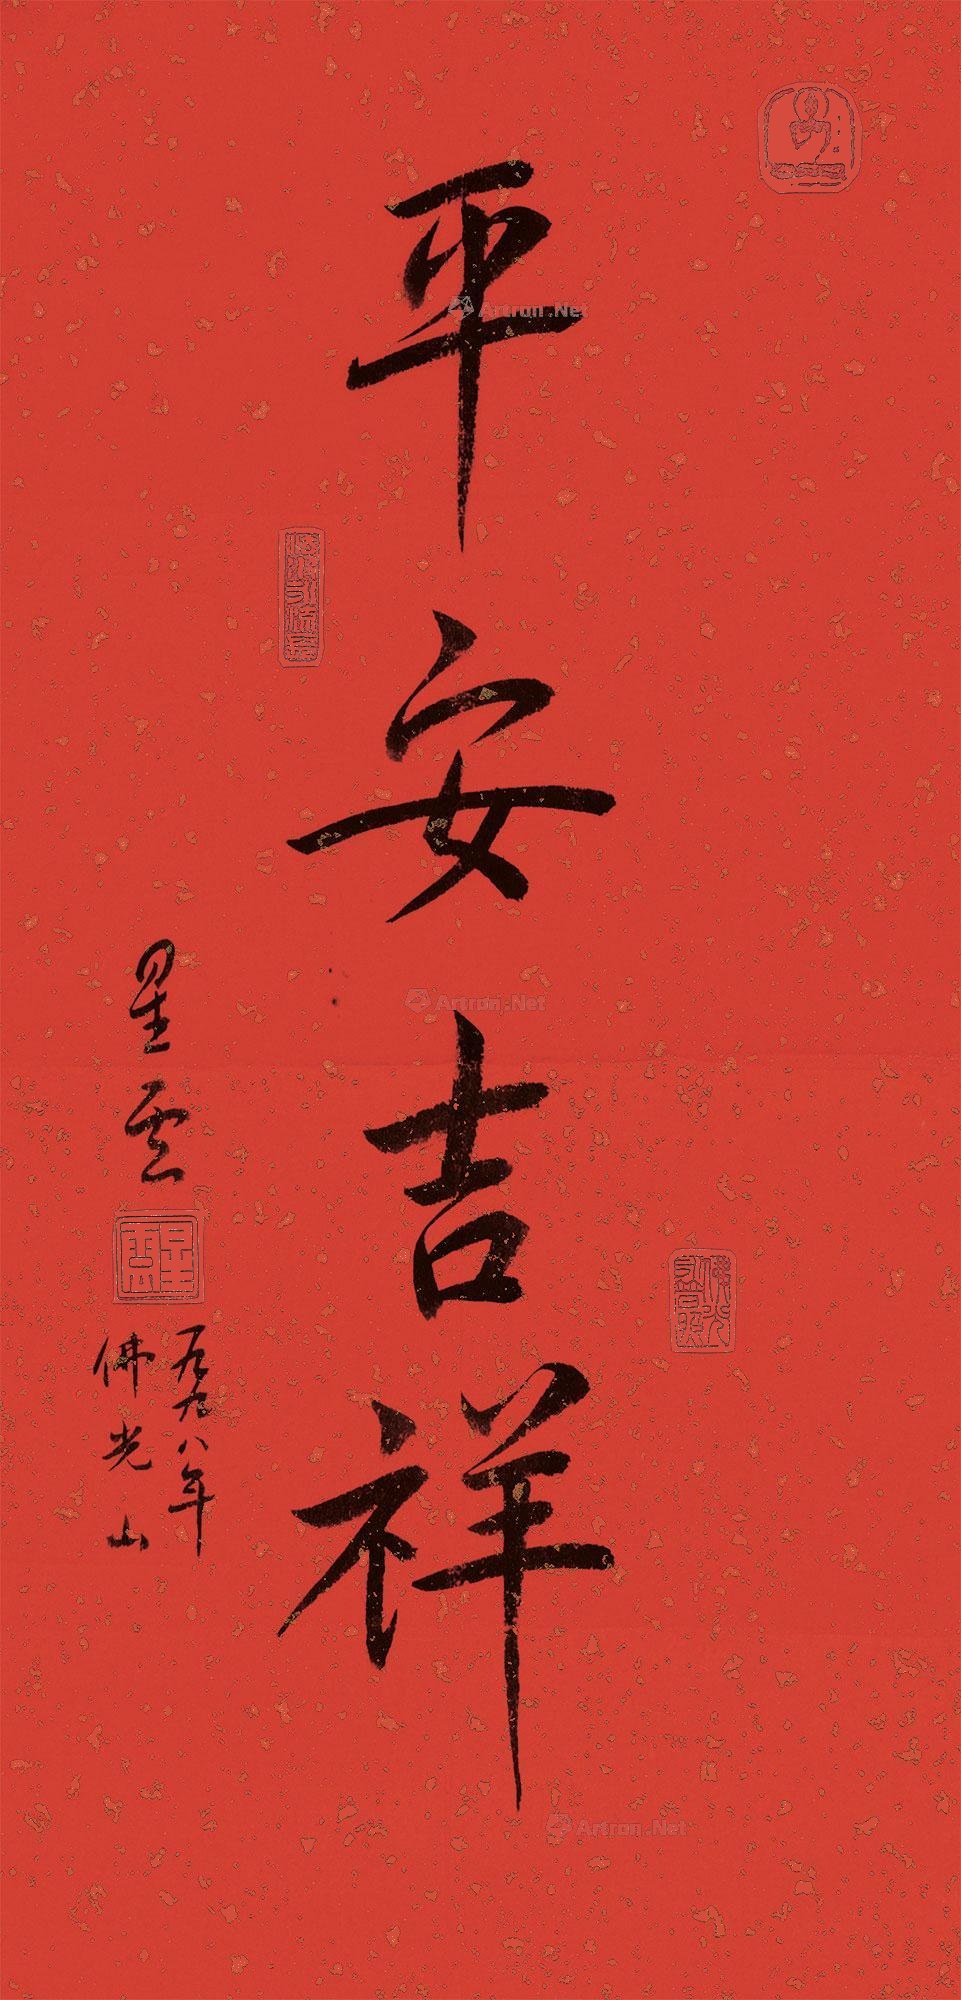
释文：平安吉祥。星云。一九九八年佛光山。